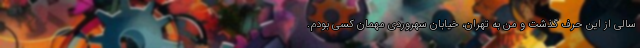
سالی از این حرف گذشت و من به تهران، خیابان سهروردی مهمان کسی بودم.